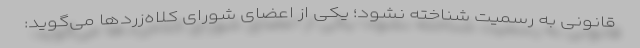
قانونی به رسمیت شناخته نشود؛ یکی از اعضای شورای کلاه‌زردها می‌گوید: